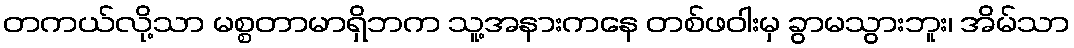
တကယ်လို့သာ မစ္စတာမာရှိဘက သူ့အနားကနေ တစ်ဖဝါးမှ ခွာမသွားဘူး၊ အိမ်သာ